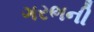
ગરભની